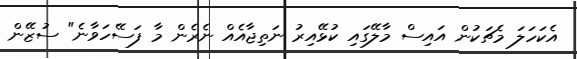
އެކަހަލަ މެޗަކުން އައިސް މާލޭގައި ކުޅޭއިރު ނަތިޖާއެއް ނެރެން މާ ފަސޭހަވާނެ" ސުޒޭން